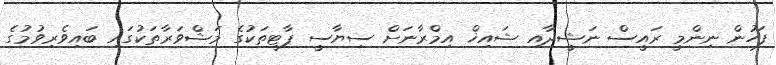
ފަހުން ނިންމީ ރައީސް ނަޝީދާއި ޝައިޚް އިމްރާނަށް ސިޔާސީ ޕާޓީތަކުގެ މަޝްވަރާތަކުގައި ބައިވެރިވުމުގެ